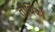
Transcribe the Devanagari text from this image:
तीर्थिकों